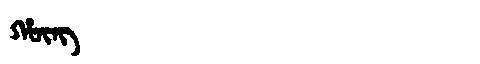
Manchu: ᡥᡡᠩ
Romanization: HŪNG